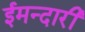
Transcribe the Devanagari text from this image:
ईमन्दारी